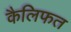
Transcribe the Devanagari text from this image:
कैलिफत